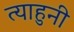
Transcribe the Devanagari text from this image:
त्याहुनी